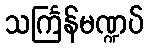
သင်္ကြန်မဏ္ဍပ်